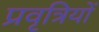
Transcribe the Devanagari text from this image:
प्रवृत्रियों